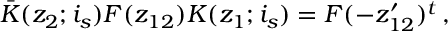
\bar { K } ( z _ { 2 } ; i _ { s } ) F ( z _ { 1 2 } ) K ( z _ { 1 } ; i _ { s } ) = F ( - z _ { 1 2 } ^ { \prime } ) ^ { t } \, ,